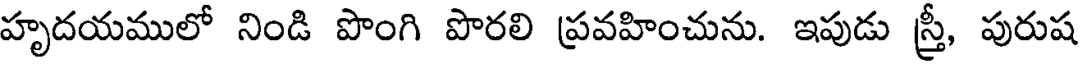
హృదయములో నిండి పొంగి పొరలి ప్రవహించును. ఇపుడు స్త్రీ, పురుష